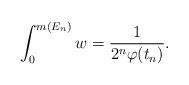
LaTeX: \begin{align*}\int_{0}^{m( E_n)}w= \frac{1}{2^n \varphi(t_n)}. \end{align*}